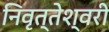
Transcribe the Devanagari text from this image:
निवृत्तेश्वरी